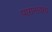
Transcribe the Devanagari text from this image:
पारानावरच